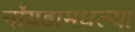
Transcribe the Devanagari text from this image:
नॉयडामधल्या